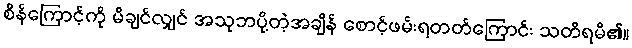
စိန်ကြောင့်ကို မိချင်လျှင် အသုဘပို့တဲ့အချိန် စောင့်ဖမ်းရတတ်ကြောင်း သတိရမိ၏။